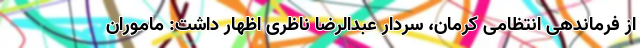
از فرماندهی انتظامی کرمان، سردار عبدالرضا ناظری اظهار داشت: ماموران